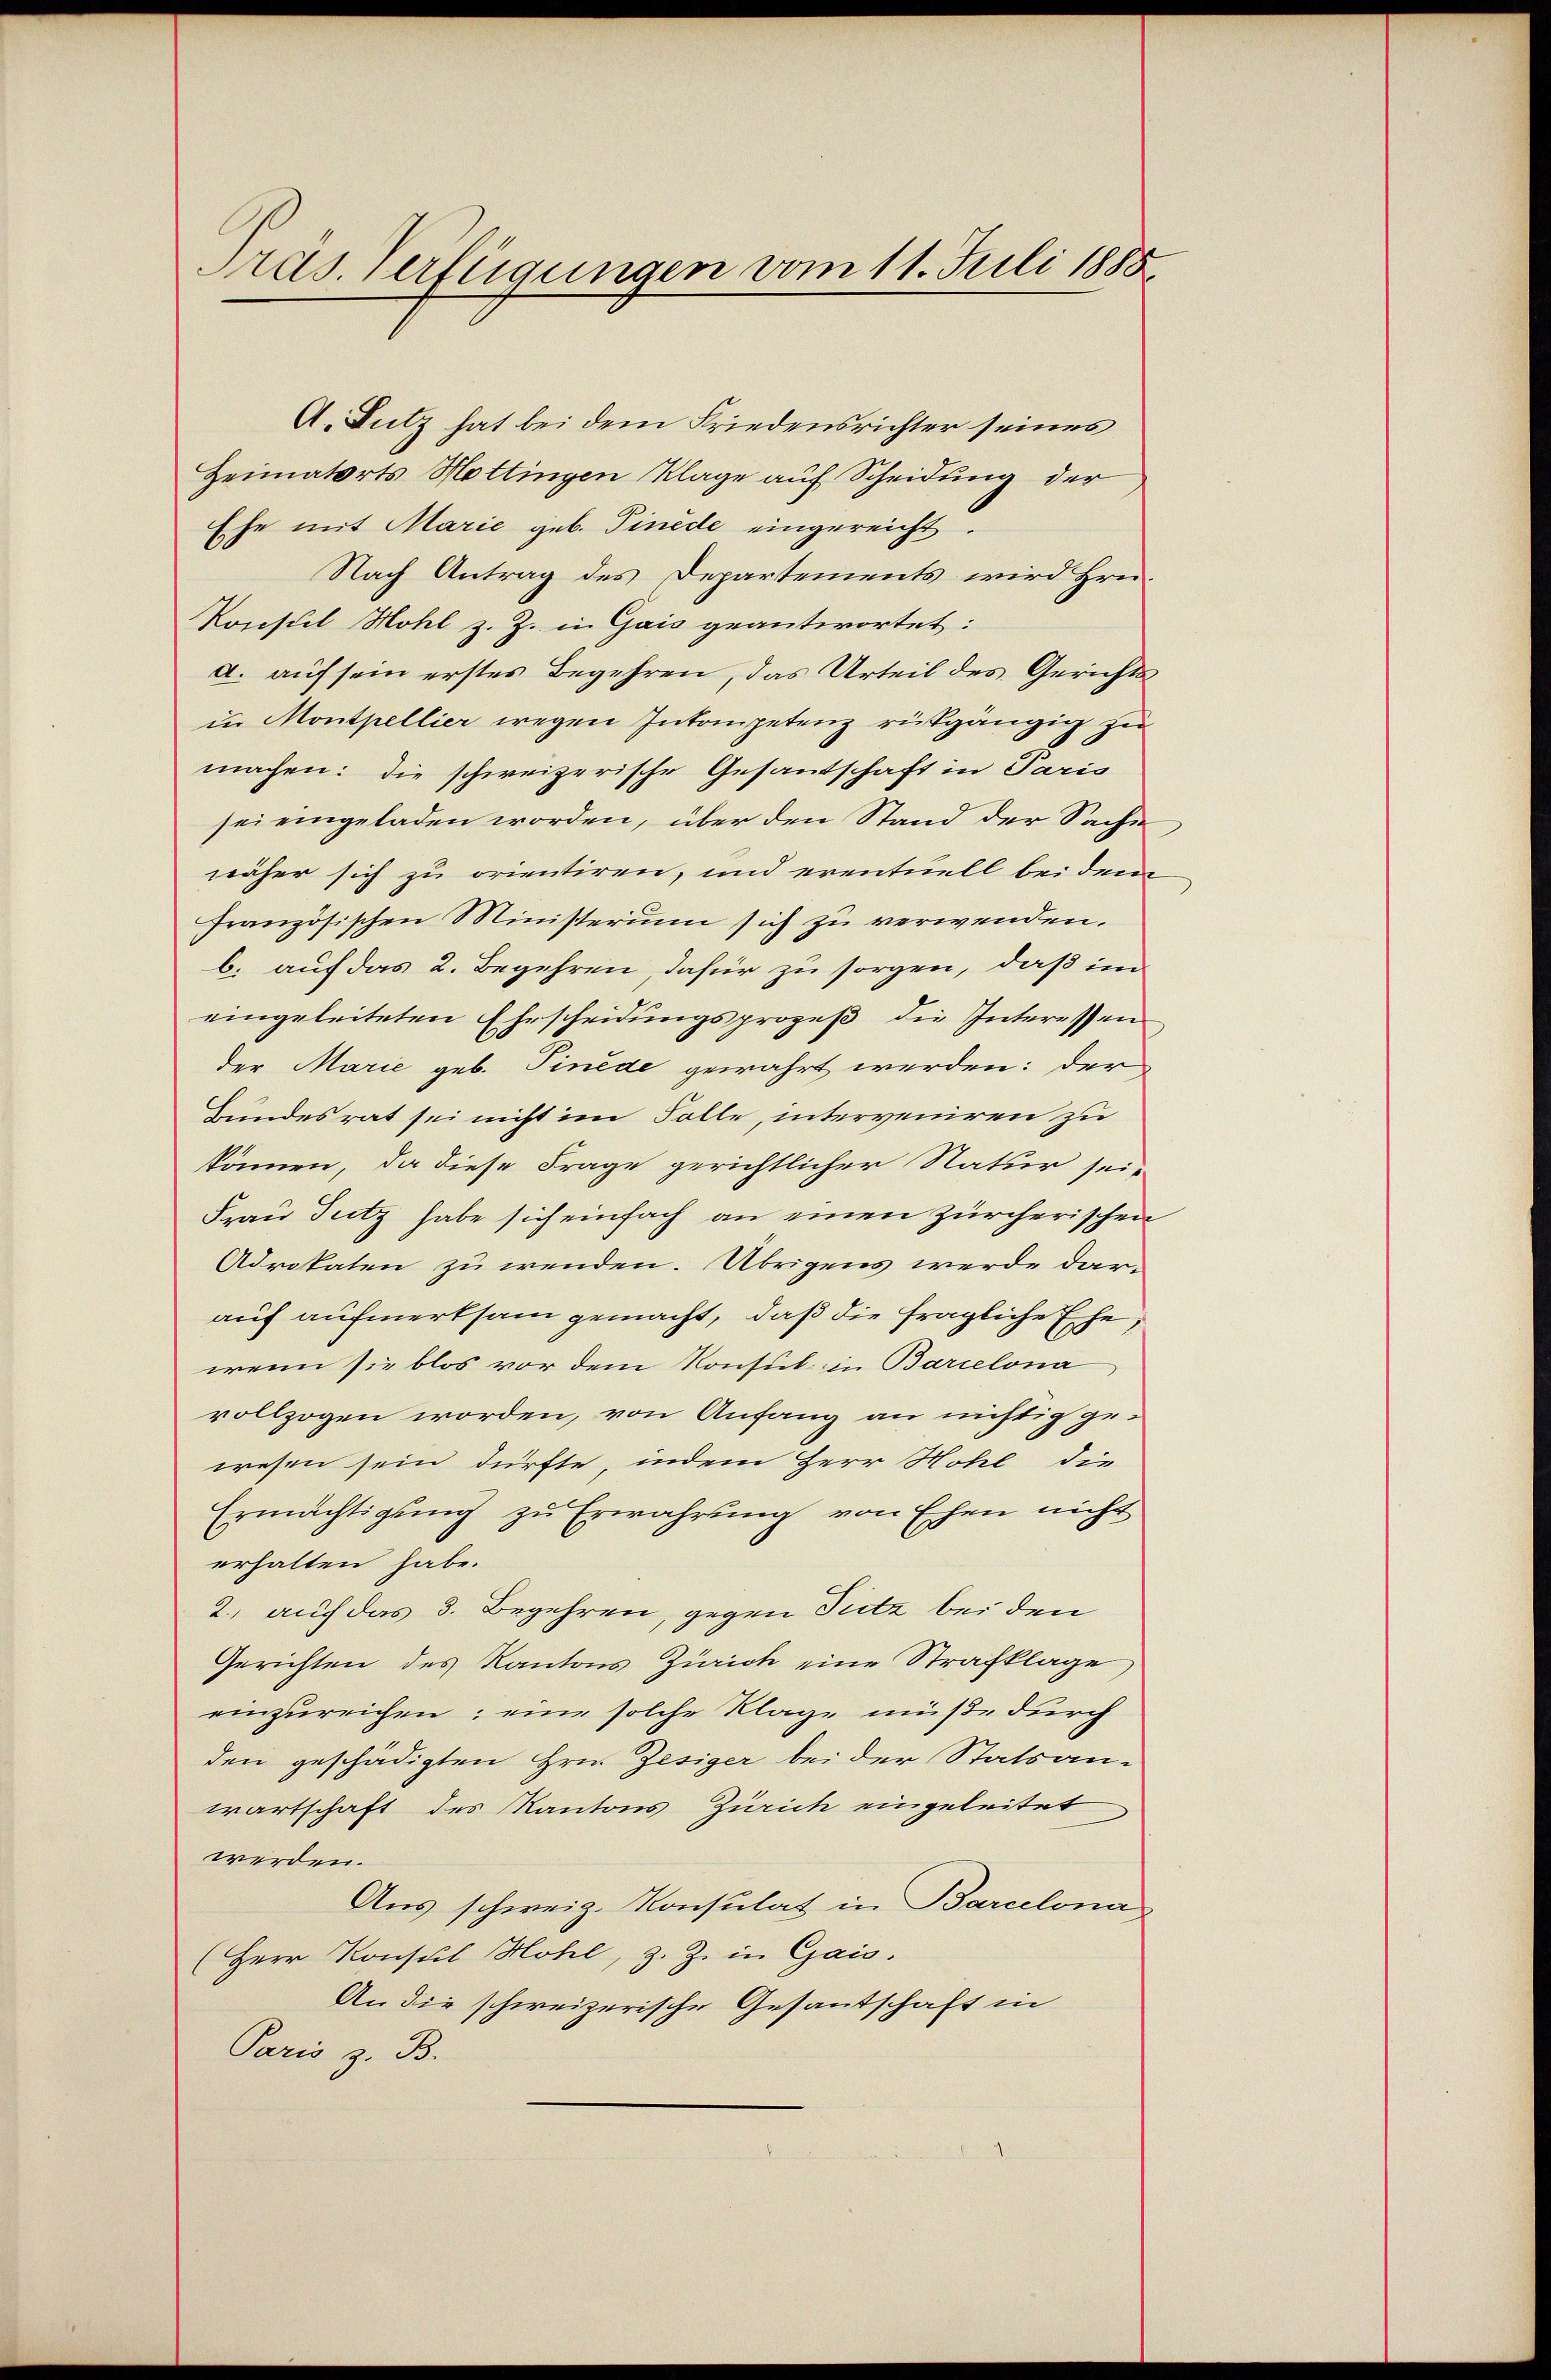
Pras. Verfügungen vom 11. Juli 1888

A. Lutz hat bei dem Friedensrichter seines
Heimatorts Mottingen Klage auf Scheidung der
Ehe mit Marie geb. Finde eingereicht.
Nach Antrag des Departements wird Hrn.
Konsul Mohl z. Z. in Gais geantwortet:
a. auf sein erstes Begehren, das Urteil des Gerichtsin Montpellier wegen Inkompetenz rückgängig zu
machen: die schweizerische Gesantschaft in Paris
sei eingeladen worden, über den Stand der Sache
näher sich zu orientiren, und eventuell bei dem
französischen Ministerium sich zu verwenden.
b. auf das 2. Begehren, dafür zu sorgen, daß im
eingeleiteten Ehrscheidungsprozeß die Interessen
der Marie geb. Pinéde gewahrt werden: der
Hundesrat sei nicht im Folle, interveniren zu
können, da diese Frage gerichtlicher Natur sei¬
Frau Putz habe sich einfach an einen zürcherischen
Adrokaten zu wenden. Übrigens werde darauf aufmerksam gemacht, daß die fragliche Eche,
wenn sie blos vor dem Konsul in Barcelona
vollzogen worden, von Anfang an nichtig gewesen sein dürfte, indem Herr Hohl die
Ermächtigung zu Erwahrung von Ehen nicht
erhalten habe.
2. auch das 3. Begehren, gegen Sitz bei den
Gerichten des Kantons Zürich eine Strafklage
einzureichen; eine solche Klage müße durch
den geschädigten Hrn. Zesiger bei der Statsan-
wartschaft des Kantons Zürich eingeleitet
werden.
Aus schweiz. Konsulat in Barcelona
(Herr Konsul Hohl, z. Z. in Gais.
An die schweizerische Gesantschaft in
Paris z. B.